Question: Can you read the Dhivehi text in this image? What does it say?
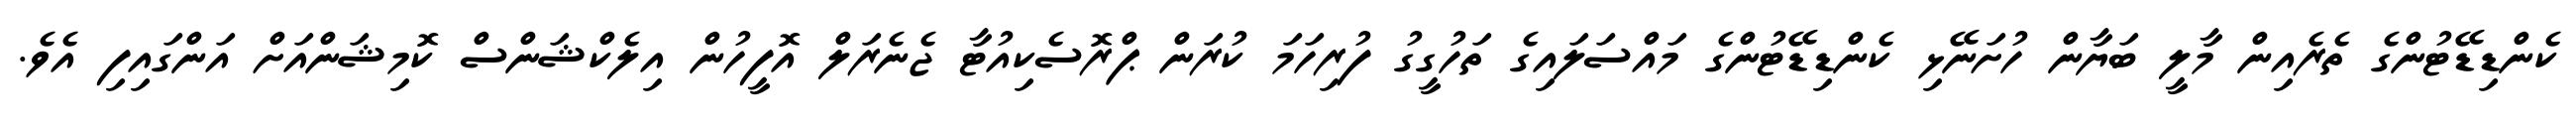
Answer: ކެންޑިޑޭޓުންގެ ތެރެއިން މާލީ ބަޔާން ހުށަނޭޅި ކެންޑިޑޭޓުންގެ މައްސަލައިގެ ތަހުގީގު ފުރިހަމަ ކުރަން ޕްރޮސެކިއުޓާ ޖެނެރަލް އޮފީހުން އިލެކްޝަންސް ކޮމިޝަންއަށް އަންގައިފި އެވެ.